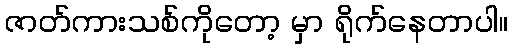
ဇာတ်ကားသစ်ကိုတော့ မှာ ရိုက်နေတာပါ။